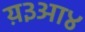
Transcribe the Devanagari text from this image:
य़३आ४